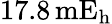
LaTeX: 17.8\, \mathrm{mE_{h}}